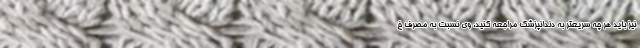
نیز باید هر چه سریعتر به دندانپزشک مراجعه کنید. وی نسبت به مصرف خ